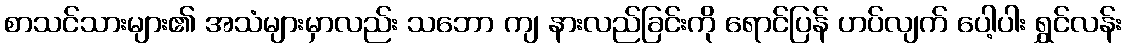
စာသင်သားများ၏ အသံများမှာလည်း သဘော ကျ နားလည်ခြင်းကို ရောင်ပြန် ဟပ်လျက် ပေါ့ပါး ရွှင်လန်း